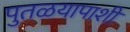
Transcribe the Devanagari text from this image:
पुतळयापाशी